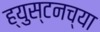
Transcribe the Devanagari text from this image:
ह्युस्टनच्या